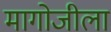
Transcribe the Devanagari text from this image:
मागोजीला